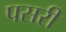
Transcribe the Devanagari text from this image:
पसरीं